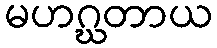
မဟဂ္ဃတာယ